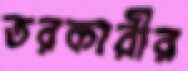
তরকারীর